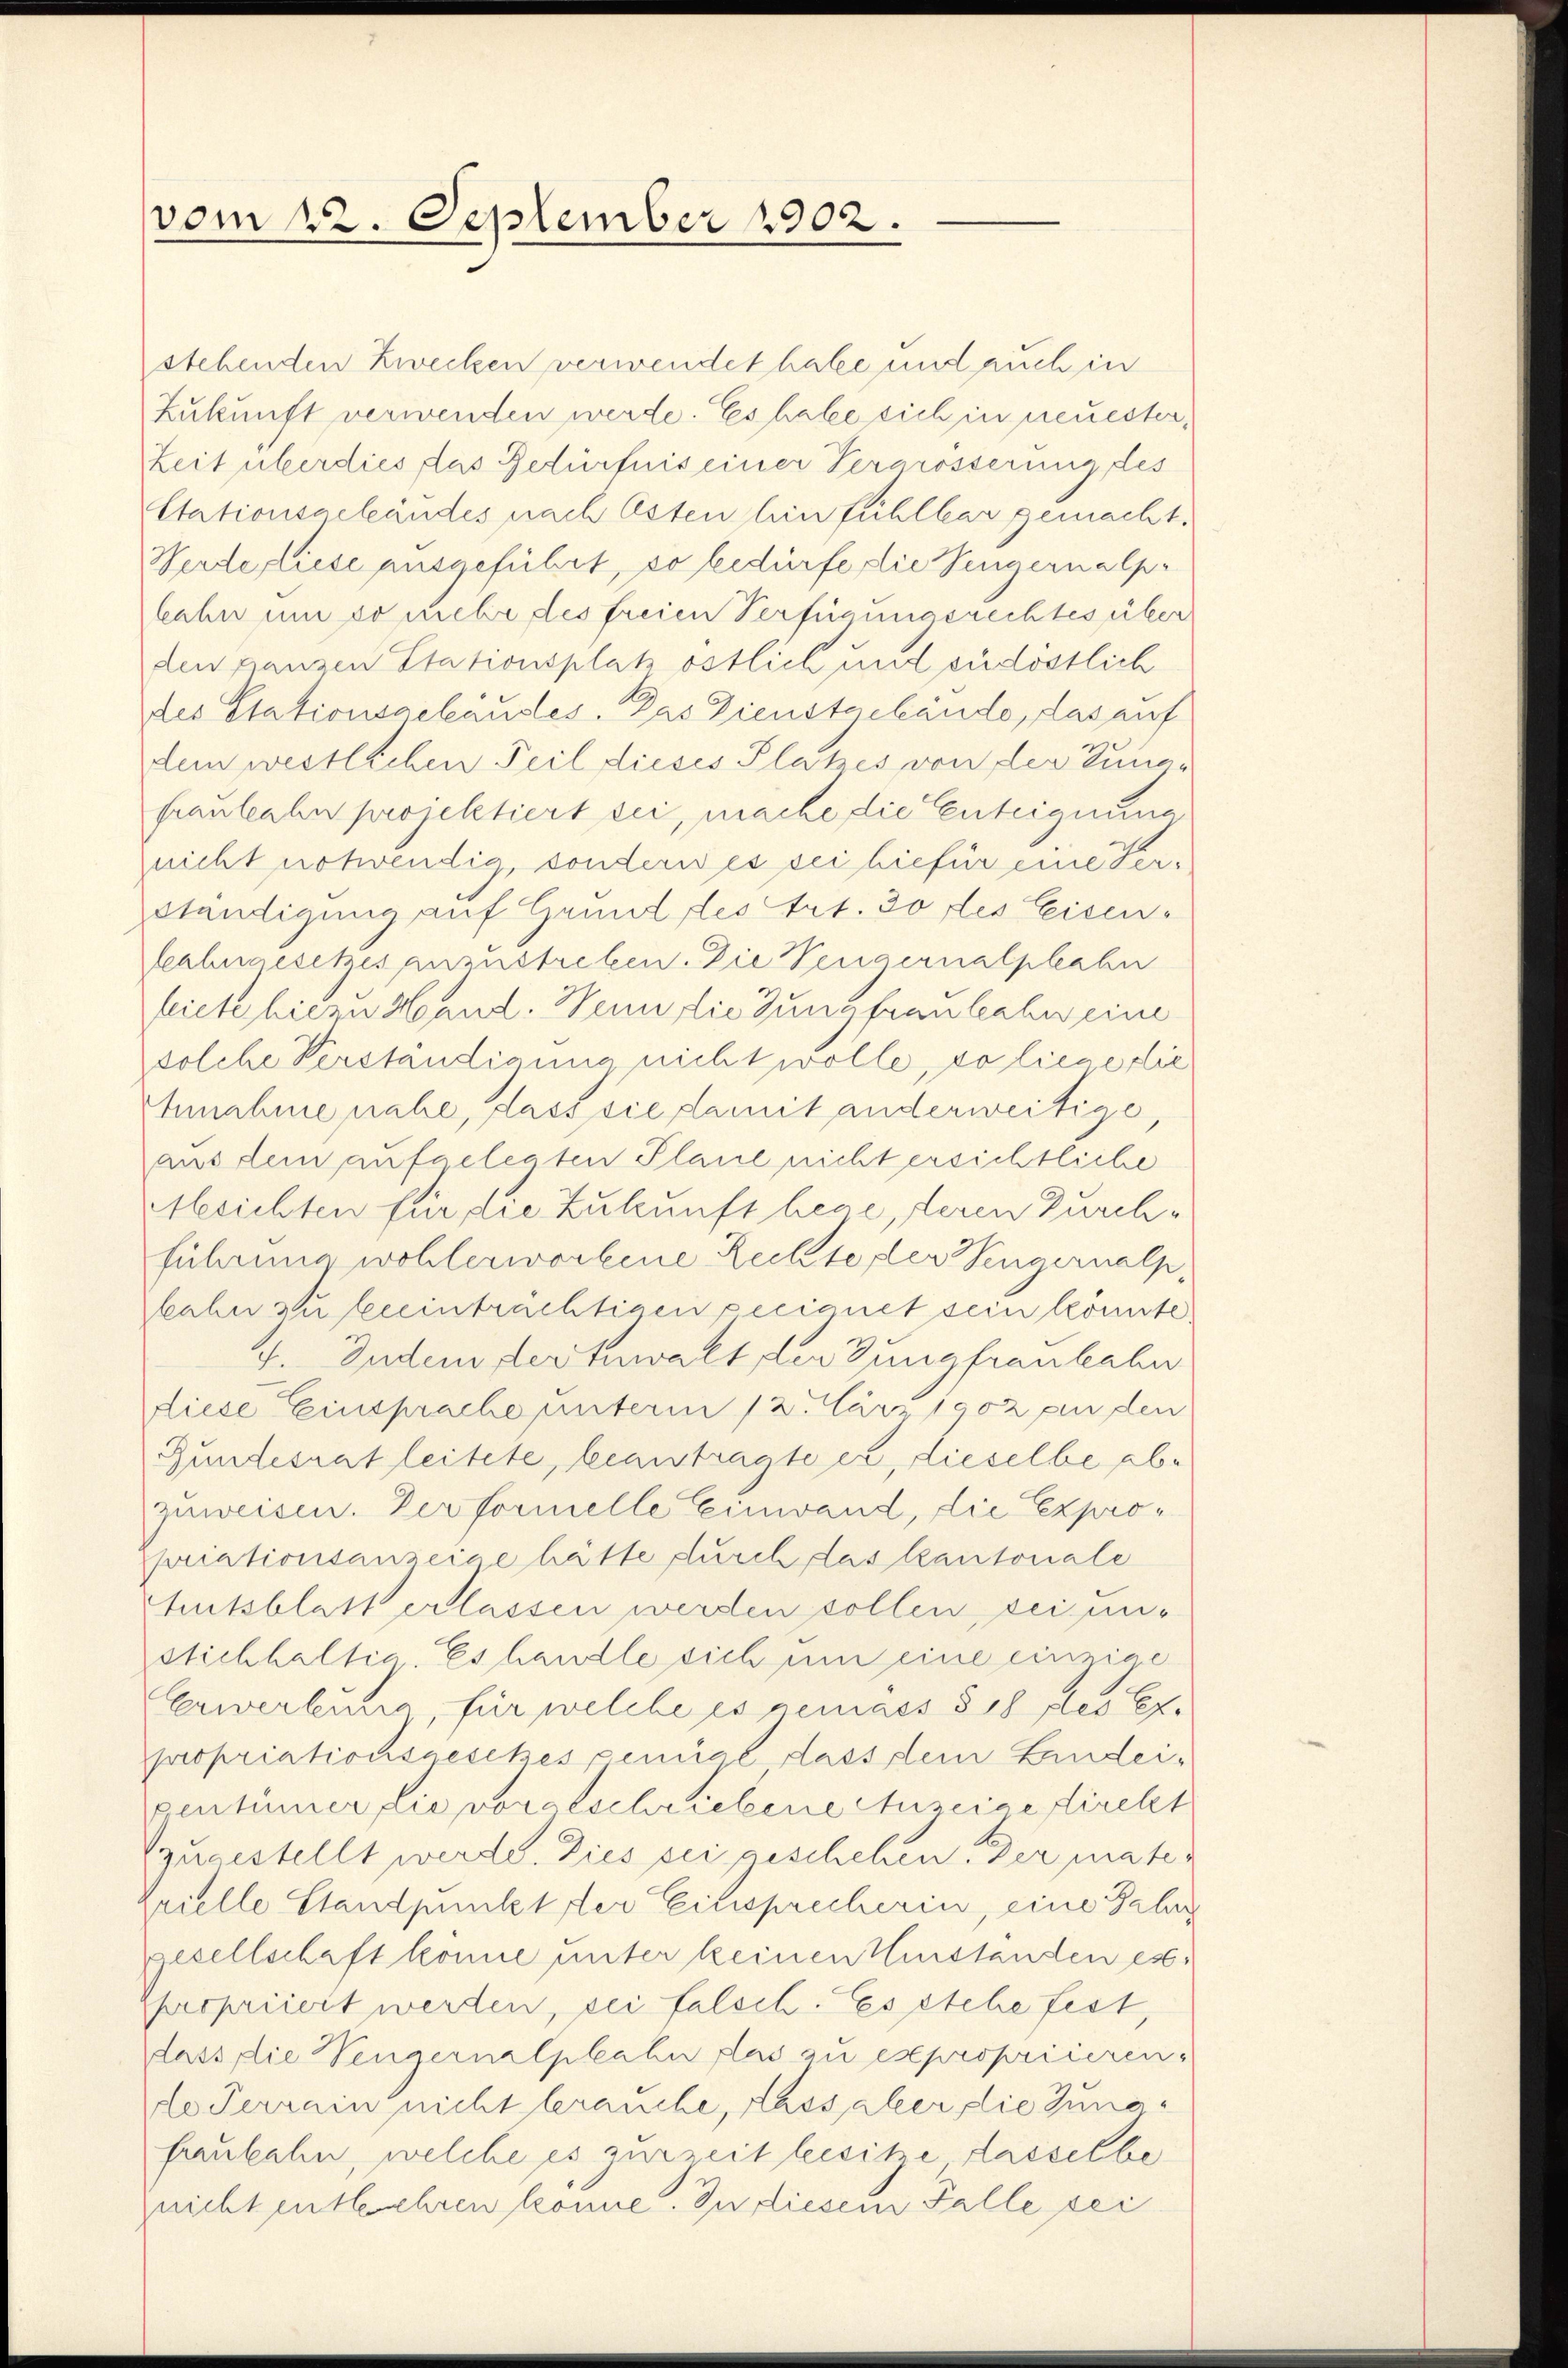
—
vom 12. September 1902.

stehenden Zwecken verwendet habe und auch in
Zukunft verwenden werde. Es habe sich in neuester¬
Zeit überdies das Bedürfnis einer Vergrösserung des
Stationsgeländes nach Osten hinfühlbar gemacht.
Werde fliese ausgeführt, so bedürfe die Sengernalp.
lahn um so lebe des freien Verfügungsrechtes über
den ganzen Stationsplatz östlich und südöstlich
des Stationsgebäudes. Das Dienstgebände, das auf
dem westlichen Teil dieses Platzes von der Zunafraulealn projektiert sei, mache die Enteignung
nicht notwendig, sondern es sei hiefür eine Verständigung auf Grund des Art. 30 des Eisen¬
Lahngesetzes anzustreben. Die Vengernalphaben
fiete hiern Hand. Wenn die Jungfrauliche eine
solche Verständigung nicht wolle, so liege die
Annahme nahe, dass sie damit anderweitige,
aus dem aufgelegten Plane nicht ersichtliche
tbesichten für die Zukunft hege, deren Durchführung wohlerworbene Rechte der Sengernalp,
kahn zu beeinträchtigen Pecignet sein könnte
4. Indem der Anwalt der Jungfraukahn
diese Einsprache unterm 12. Car 1902 ein den
Gundesrat leitete, beantragte er, dieselbe abzuweisen. Der formelle Einwand, die Expropriationsanzeige hätte durch das Kantonale
hutsblatt erlassen werden sollen, sei unstichhaltia Es handle sich um eine einzige
Erwerbung, für welche es gemass § 18 des Ex.
propriationsgesches penial dass dem Lindeientümer die voratschriebene Auseine firekt
quaestellt werde. Dies sei geschehen. Der matezrielle Standpunkter Einsprecherin, eine Fahr
gesellschaft könne unter keinen Herstanden es
Apropriiert werden, sei falsch. Es stehe fest,
dass die engernelplahn das zu expropriieren:
de Terrain nicht brauche, dass aber die Jungfaubahn, welche es zurzeit leisitze dasselbe
nicht entlehren könne. In diesem Falle sei